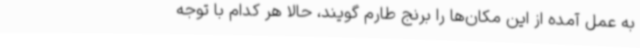
به عمل آمده از این مکان‌ها را برنج طارم گویند، حالا هر کدام با توجه